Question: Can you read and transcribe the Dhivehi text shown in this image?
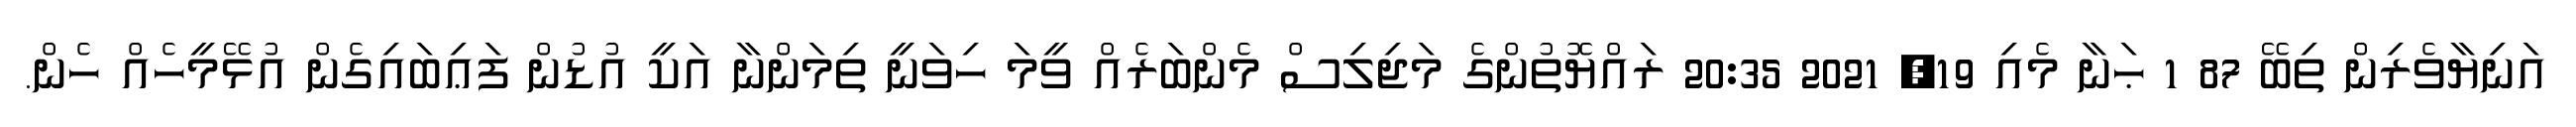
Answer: އަނިޔާވެރިން ތިބޭ 87 1 ޙަނާ މެއި 19, 2021 20:35 ރައްޔޮތުންގެ މަޖިލިސް މެންބަރެއް ވީމަ ހިވަނީ ތިމަންނާ އަކީ އުޑުން ފަޢިބައިގެން އުޅޭމީހެއް ހެން.